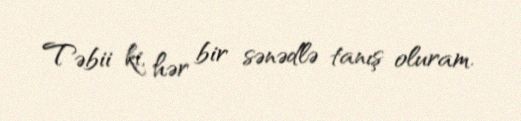
Təbii ki, hər bir sənədlə tanış oluram.